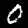
Digit: 0